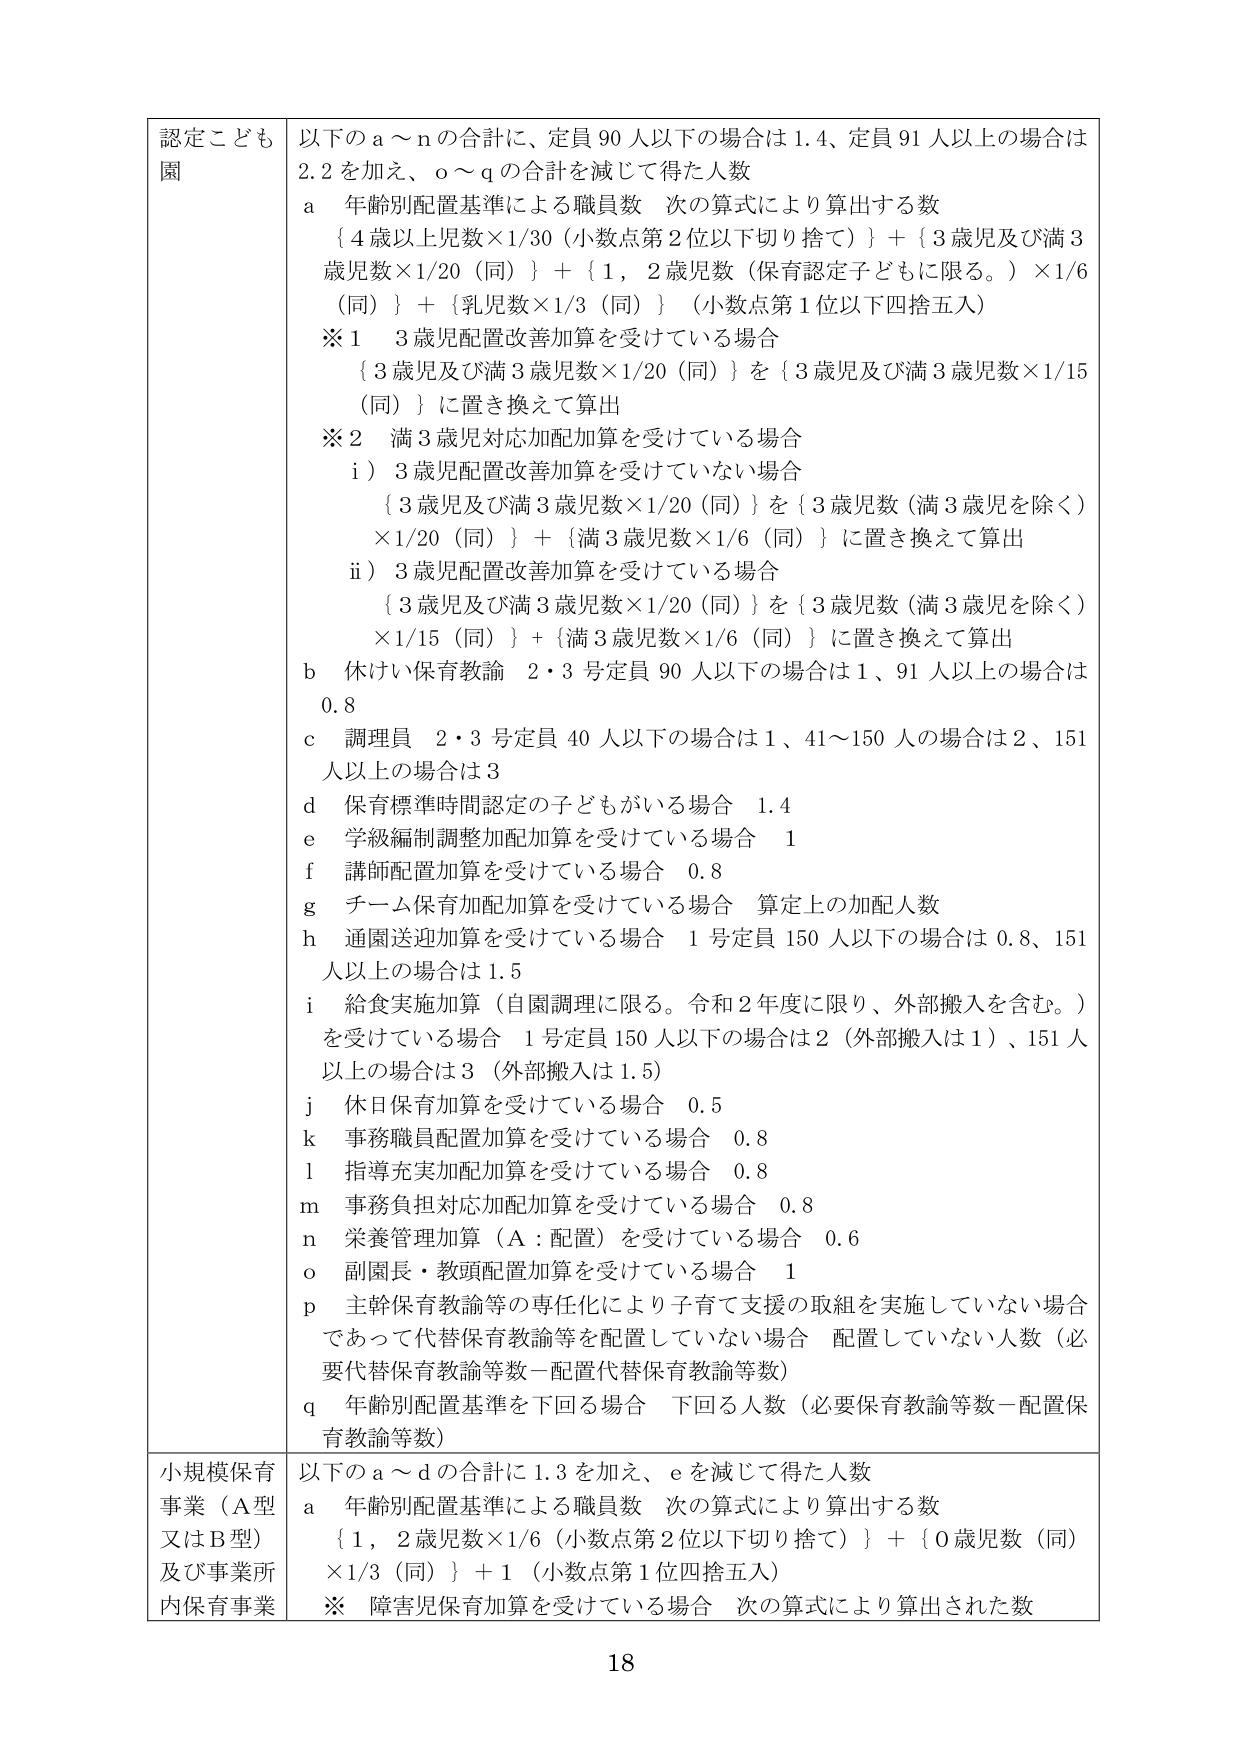
認定こども園 以下のａ～ｎの合計に、定員90人以下の場合は1.4、定員91人以上の場合は2.2を加え、ｏ～ｑの合計を減じて得た人数
ａ 年齢別配置基準による職員数 次の算式により算出する数
｛4歳以上児数×1/30（小数点第2位以下切り捨て）｝＋｛3歳児及び満3歳児数×1/20（同）｝＋｛1，2歳児数（保育認定子どもに限る。）×1/6（同）｝＋｛乳児数×1/3（同）｝（小数点第1位以下四捨五入）
※1 3歳児配置改善加算を受けている場合
｛3歳児及び満3歳児数×1/20（同）｝を｛3歳児及び満3歳児数×1/15（同）｝に置き換えて算出
※2 満3歳児対応加配加算を受けている場合
ⅰ）3歳児配置改善加算を受けていない場合
｛3歳児及び満3歳児数×1/20（同）｝を｛3歳児数（満3歳児を除く）×1/20（同）｝＋｛満3歳児数×1/6（同）｝に置き換えて算出
ⅱ）3歳児配置改善加算を受けている場合
｛3歳児及び満3歳児数×1/20（同）｝を｛3歳児数（満3歳児を除く）×1/15（同）｝＋｛満3歳児数×1/6（同）｝に置き換えて算出
ｂ 休けい保育教諭 2・3号定員90人以下の場合は1、91人以上の場合は0.8
ｃ 調理員 2・3号定員40人以下の場合は1、41～150人の場合は2、151人以上の場合は3
ｄ 保育標準時間認定の子どもがいる場合 1.4
ｅ 学級編制調整加配加算を受けている場合 1
ｆ 講師配置加算を受けている場合 0.8
ｇ チーム保育加配加算を受けている場合 算定上の加配人数
ｈ 通園送迎加算を受けている場合 1号定員150人以下の場合は0.8、151人以上の場合は1.5
ｉ 給食実施加算（自園調理に限る。令和2年度に限り、外部搬入を含む。）を受けている場合 1号定員150人以下の場合は2（外部搬入は1）、151人以上の場合は3（外部搬入は1.5）
ｊ 休日保育加算を受けている場合 0.5
ｋ 事務職員配置加算を受けている場合 0.8
ｌ 指導充実加配加算を受けている場合 0.8
ｍ 事務負担対応加配加算を受けている場合 0.8
ｎ 栄養管理加算（Ａ：配置）を受けている場合 0.6
ｏ 副園長・教頭配置加算を受けている場合 1
ｐ 主幹保育教諭等の専任化により子育て支援の取組を実施していない場合であって代替保育教諭等を配置していない場合 配置していない人数（必要代替保育教諭等数－配置代替保育教諭等数）
ｑ 年齢別配置基準を下回る場合 下回る人数（必要保育教諭等数－配置保育教諭等数）
小規模保育事業（Ａ型又はＢ型）及び事業所内保育事業 以下のａ～ｄの合計に1.3を加え、ｅを減じて得た人数
ａ 年齢別配置基準による職員数 次の算式により算出する数
｛1，2歳児数×1/6（小数点第2位以下切り捨て）｝＋｛0歳児数（同）×1/3（同）｝＋1（小数点第1位四捨五入）
※ 障害児保育加算を受けている場合 次の算式により算出された数
18